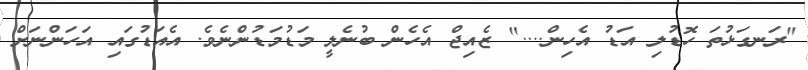
"ރަނގަޅުތަ ހޮޑުލި އަޑު އެހިން...." ޒެއިޖް އެހެން ބުނެލީ މަޑުމަޑުންނެވެ. އެއަޑުގައި އަހަންނަށް